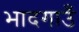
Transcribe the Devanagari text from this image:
भादगाउँ